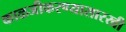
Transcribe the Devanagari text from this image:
काळजीकरण्यासारखी